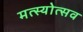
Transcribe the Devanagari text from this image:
मत्स्योत्सव